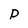
Character: P